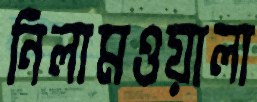
নিলামওয়ালা